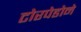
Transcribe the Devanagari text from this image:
टोरपेडोने